Vaccination in Burma 1889-1999 - 1889-1999
Year: 1889
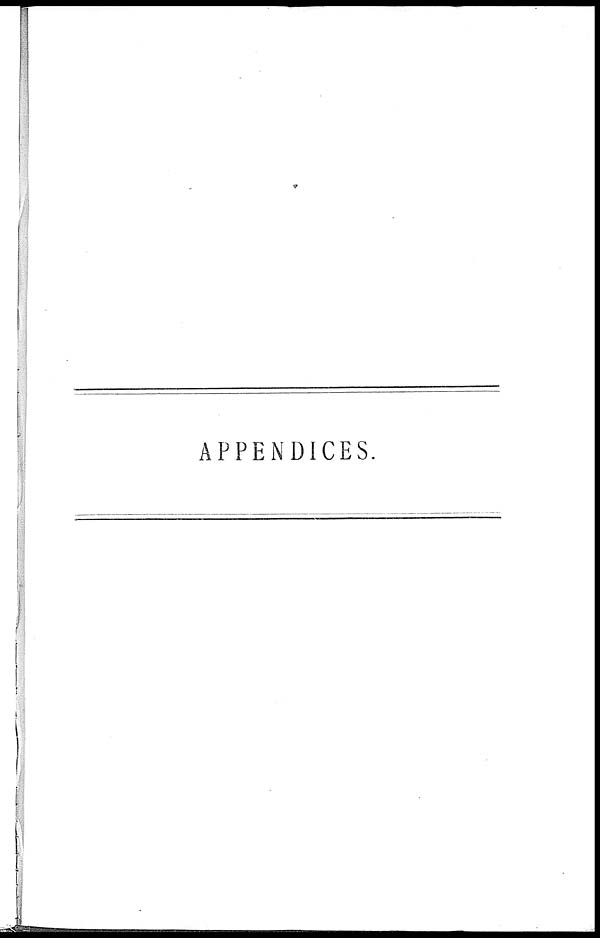
APPENDICES.